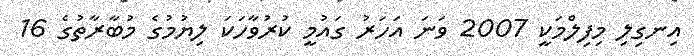
އިނގިލި މިފިލްމަކީ 2007 ވަނަ އަހަރު ގައުމީ ކުރުވާހަކަ ލިޔުމުގެ މުބާރާތުގެ 16